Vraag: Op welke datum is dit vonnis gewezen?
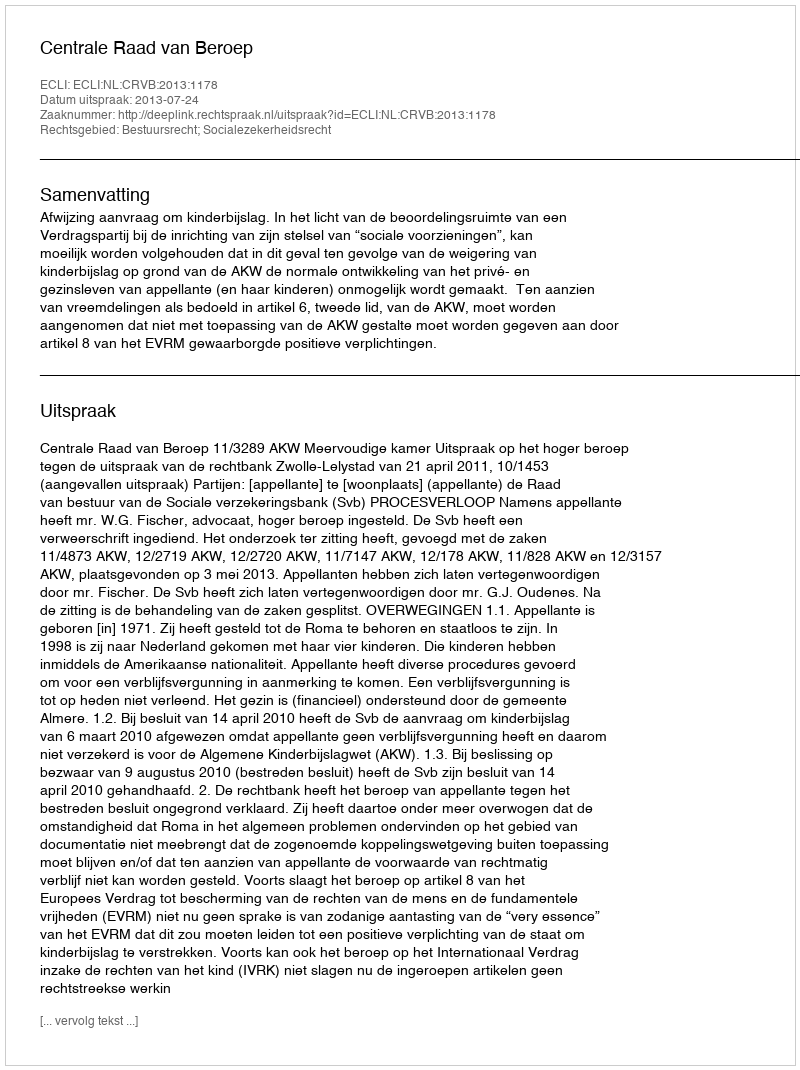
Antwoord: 2013-07-24